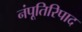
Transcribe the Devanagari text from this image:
नंपूतिरिपाद